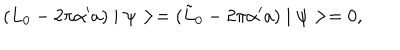
( L _ { 0 } - 2 \pi \alpha ^ { \prime } a ) \mid \psi > = ( \tilde { L } _ { 0 } - 2 \pi \alpha ^ { \prime } a ) \mid \psi > = 0 ,